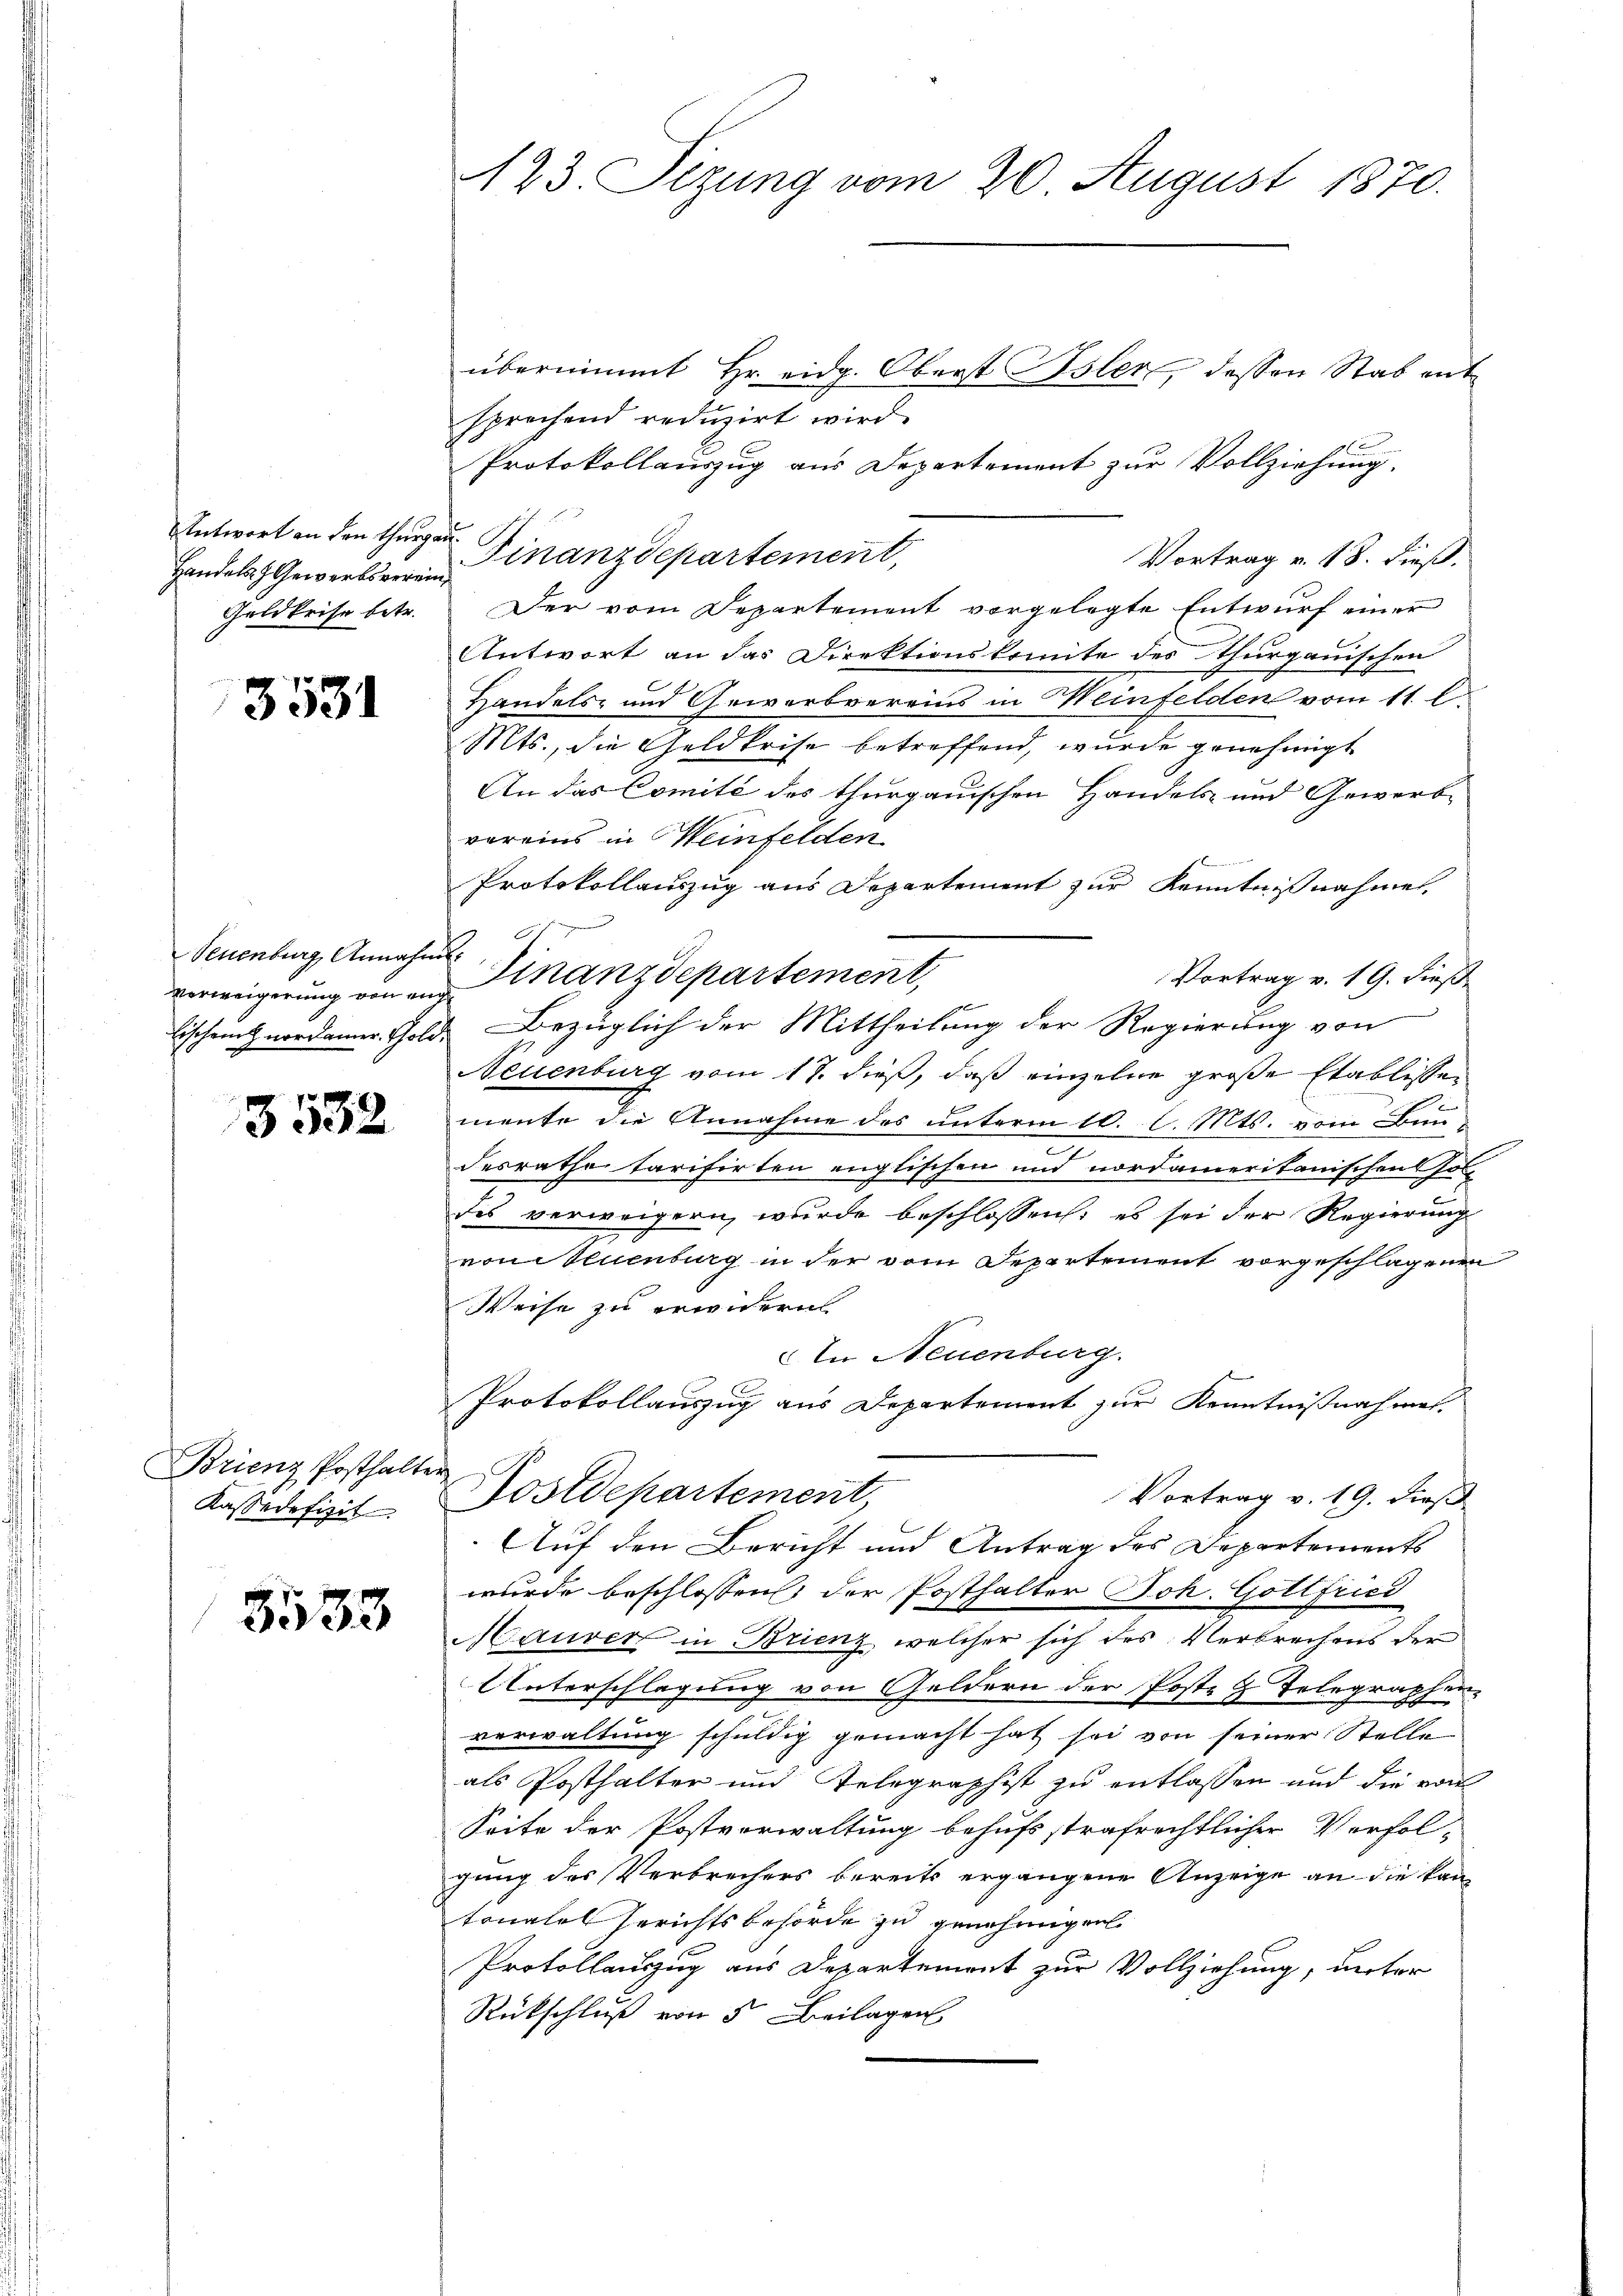
Antwort an den Thurga
Handels- & Gewerbsverein
Geldkrise betr.

3531

Seuenburg, Annahm
Verweigerung von eng
lischen nordamer. Gold-

3532

Brienz Posthalter
Kassadefizit

5533

123. Sizung vom 20. August 1870.

übernimmt Hr. eidg. Oberst Isler, dessen Stab entsprachend reduzirt wird.
Protokollauszug aus Departement zur Vollziehung.
f.
Finanzdepartement,
Vortrag v. 18. dieß.
Der vom Departement vorgelegte Entwurf einer
Antwort an das Direktionskomite des Thurgauischen
Handels- und Gewerbvereins in Weinfelden vom 11. l.
Mts., die Geldkrise betreffend, wurde genehmigt
An das Comité des thurgauischen Handels- und Gewerb-
voreins in Meinfelden
Protokollauszug aus Departement zur Kenntnißnahmen,
t
E
Finanzdepartement,
Vortrag v. 19. dieß
Bezüglich der Mittheilung der Regierung von
Neuenburg vom 17. dieß, daß einzelne große Etablissemente die Annahme des unterm 10. l. Mts. vom Bun
desrathe Tarifirten englischen und nordameritanischens sol
des verweigern wurde beschlossen: es sei der Regierung
von Neuenburg in der vom Departement vorgeschlagenen
Weise zu erwidern
An Neuenburg.
Protokollauszug aus Departement zur Kenntnißnahmen.
Nostdepartement
Vortrag v. 19. dieß
Auf den Bericht und Antrag des Departements
wurde beschlossen der Posthalter Joh. Gottfried
Maurer in Brienz, welcher sich des Verbrechens der
Unterschlagung von Geldern der Poste G. Telegrahar
verwaltung schuldig gemacht hat sei von seiner Stelle
als Posthalter und Gelegraphist zu entlassen und die von
Seite der Postverwaltung behufsstrafrechtlicher Vorfol-
gang des Verbrechers bereits ergangene Anzeige an die kantonales Gerichtsbehörde zu genehmigen
Protollauszug aus Departement zur Vollziehung, unter
Rückschluß von 5 Beilagen